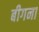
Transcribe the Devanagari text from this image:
बीगना